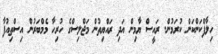
ހިލާފްކަންކަން ކުރަމުން. ރައީސް ޔާމިން އަދި ރައްޔިތުން މަޖްލިސްގެ ހުރިހާ މެމްބަރުން އިސްތިއުފާ